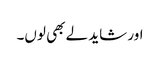
اور شاید لے بھی لوں۔